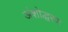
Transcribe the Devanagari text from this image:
अंशोद्धरण